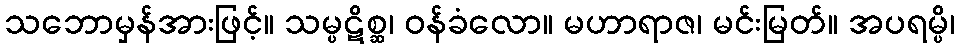
သဘောမှန်အားဖြင့်။ သမ္ပဋိစ္ဆ၊ ဝန်ခံလော။ မဟာရာဇ၊ မင်းမြတ်။ အပရမ္ပိ၊